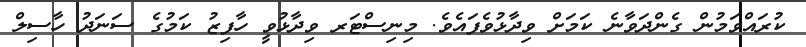
ކުރައްވަމުން ގެންދަވާނެ ކަމަށް ވިދާޅުވެފައެވެ. މިނިސްޓަރ ވިދާޅުވީ ހާފިޒު ކަމުގެ ސަނަދު ހާސިލް